Lunatic asylums United Provinces 1899-1908 - 1899-1908
Year: 1899
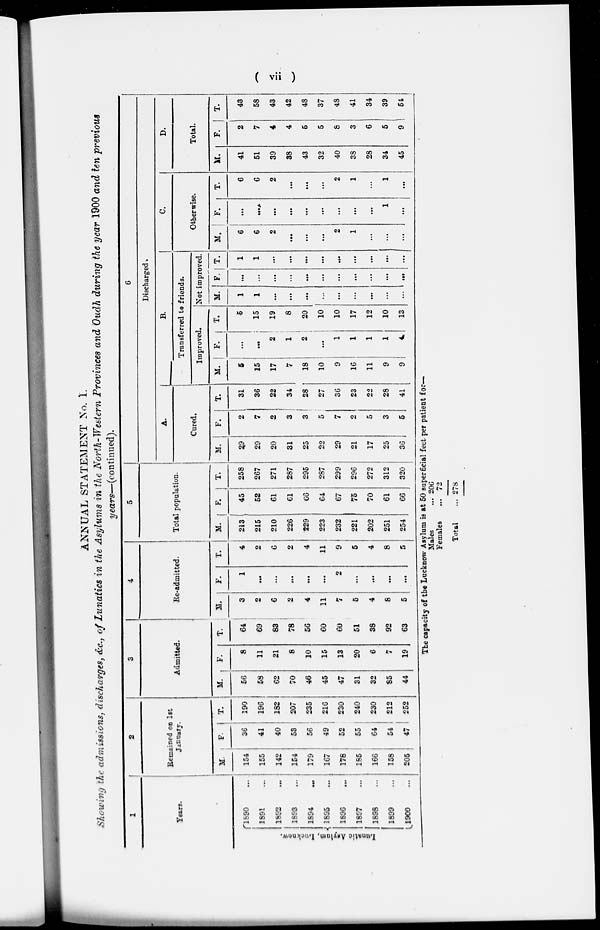
( vii )
ANNUAL STATEMENT No. I.
Showing the admissions, discharges, &c., of Lunatics in the Asylums in the North-Western Provinces and Oudh during the year 1900 and ten previous
years—(continued).
1
Years.
Lunatíc
Asylum, Lncknow.
1890 ...
1891 ...
1892 …
1893 …
1894 …
1895 …
1896 …
1897 …
1898 …
1899 …
1900 …
2
Remained on 1st
January.
M.
154
155
142
154
179
---
178
185
166
158
205
F.
36
41
40
53
56
49
52
55
64
54
47
T.
190
196
182
207
235
216
230
240
230
212
252
3
Admitted.
M.
56
58
62
70
46
45
47
31
32
85
44
F.
8
11
21
8
10
15
13
20
6
7
19
T.
64
69
83
78
56
60
60
51
38
92
63
4
Re-admitted.
M.
3
2
6
2
4
11
7
5
4
8
5
F.
1
...
...
…
…
…
2
…
…
…
…
T.
4
2
6
2
4
11
9
5
4
8
5
5
Total population.
M.
213
215
210
226
229
223
232
221
202
251
254
F.
45
52
61
61
66
64
67
75
70
61
66
T.
258
267
271
287
295
287
299
296
272
312
320
6
Discharged.
A.
Cured.
M.
29
29
20
31
25
22
29
21
17
25
36
F.
2
7
2
3
3
5
7
2
5
3
5
T.
31
36
22
34
28
27
36
23
22
28
41
B.
Transferred to friends.
Improved.
M.
5
15
17
7
18
10
9
16
11
9
9
F.
…
...
2
1
2
...
1
1
1
1
4
T.
5
15
19
8
20
10
10
17
12
10
13
Not improved.
M.
1
1
...
...
...
…
…
…
…
…
...
F.
…
…
…
…
…
…
…
…
…
…
…
T.
1
1
…
…
...
…
...
…
...
…
...
C.
Otherwise.
M.
6
6
2
…
…
…
2
1
…
…
…
F.
…
…
…
...
…
...
…
…
...
1
…
T.
6
6
2
...
…
…
2
1
…
1
…
D.
Total.
M.
41
51
39
38
43
32
40
38
28
34
45
F.
2
7
4
4
5
5
8
3
6
5
9
T.
43
58
43
42
48
37
48
41
34
39
54
The capacity of the Lucknow Asylum is at 50 superficial feet per patient for—
Males ...
Females ...
Total ...
206
72
278